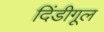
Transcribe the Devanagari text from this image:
दिंडीगूल